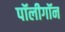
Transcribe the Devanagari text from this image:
पॉलीगॉन